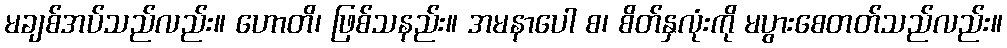
မချစ်အပ်သည်လည်း။ ဟောတိ၊ ဖြစ်သနည်း။ အမနာပေါ စ၊ စိတ်နှလုံးကို မပွားစေတတ်သည်လည်း။